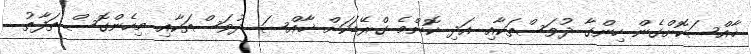
ޚާއްސަކޮށްގެން ހިންގާ ދުވަސްތަކާއި އަދި ކޮންމެ ގްރޭޑަކަށް ޚާއްސަ ދުވަސްތަކާއި މިހެންގޮސް ތަފާތު